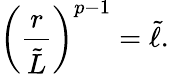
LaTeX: \left({\frac{r}{\tilde{L}}}\right)^{p-1}=\tilde{\ell}.